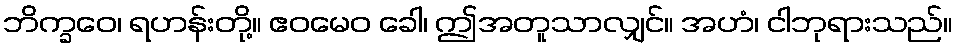
ဘိက္ခဝေ၊ ရဟန်းတို့။ ဧဝမေဝ ခေါ၊ ဤအတူသာလျှင်။ အဟံ၊ ငါဘုရားသည်။